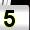
Digit: 5